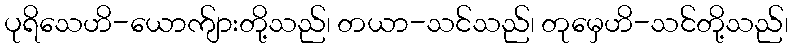
ပုရိသေဟိ-ယောက်ျားတို့သည်၊ တယာ-သင်သည်၊ တုမှေဟိ-သင်တို့သည်၊